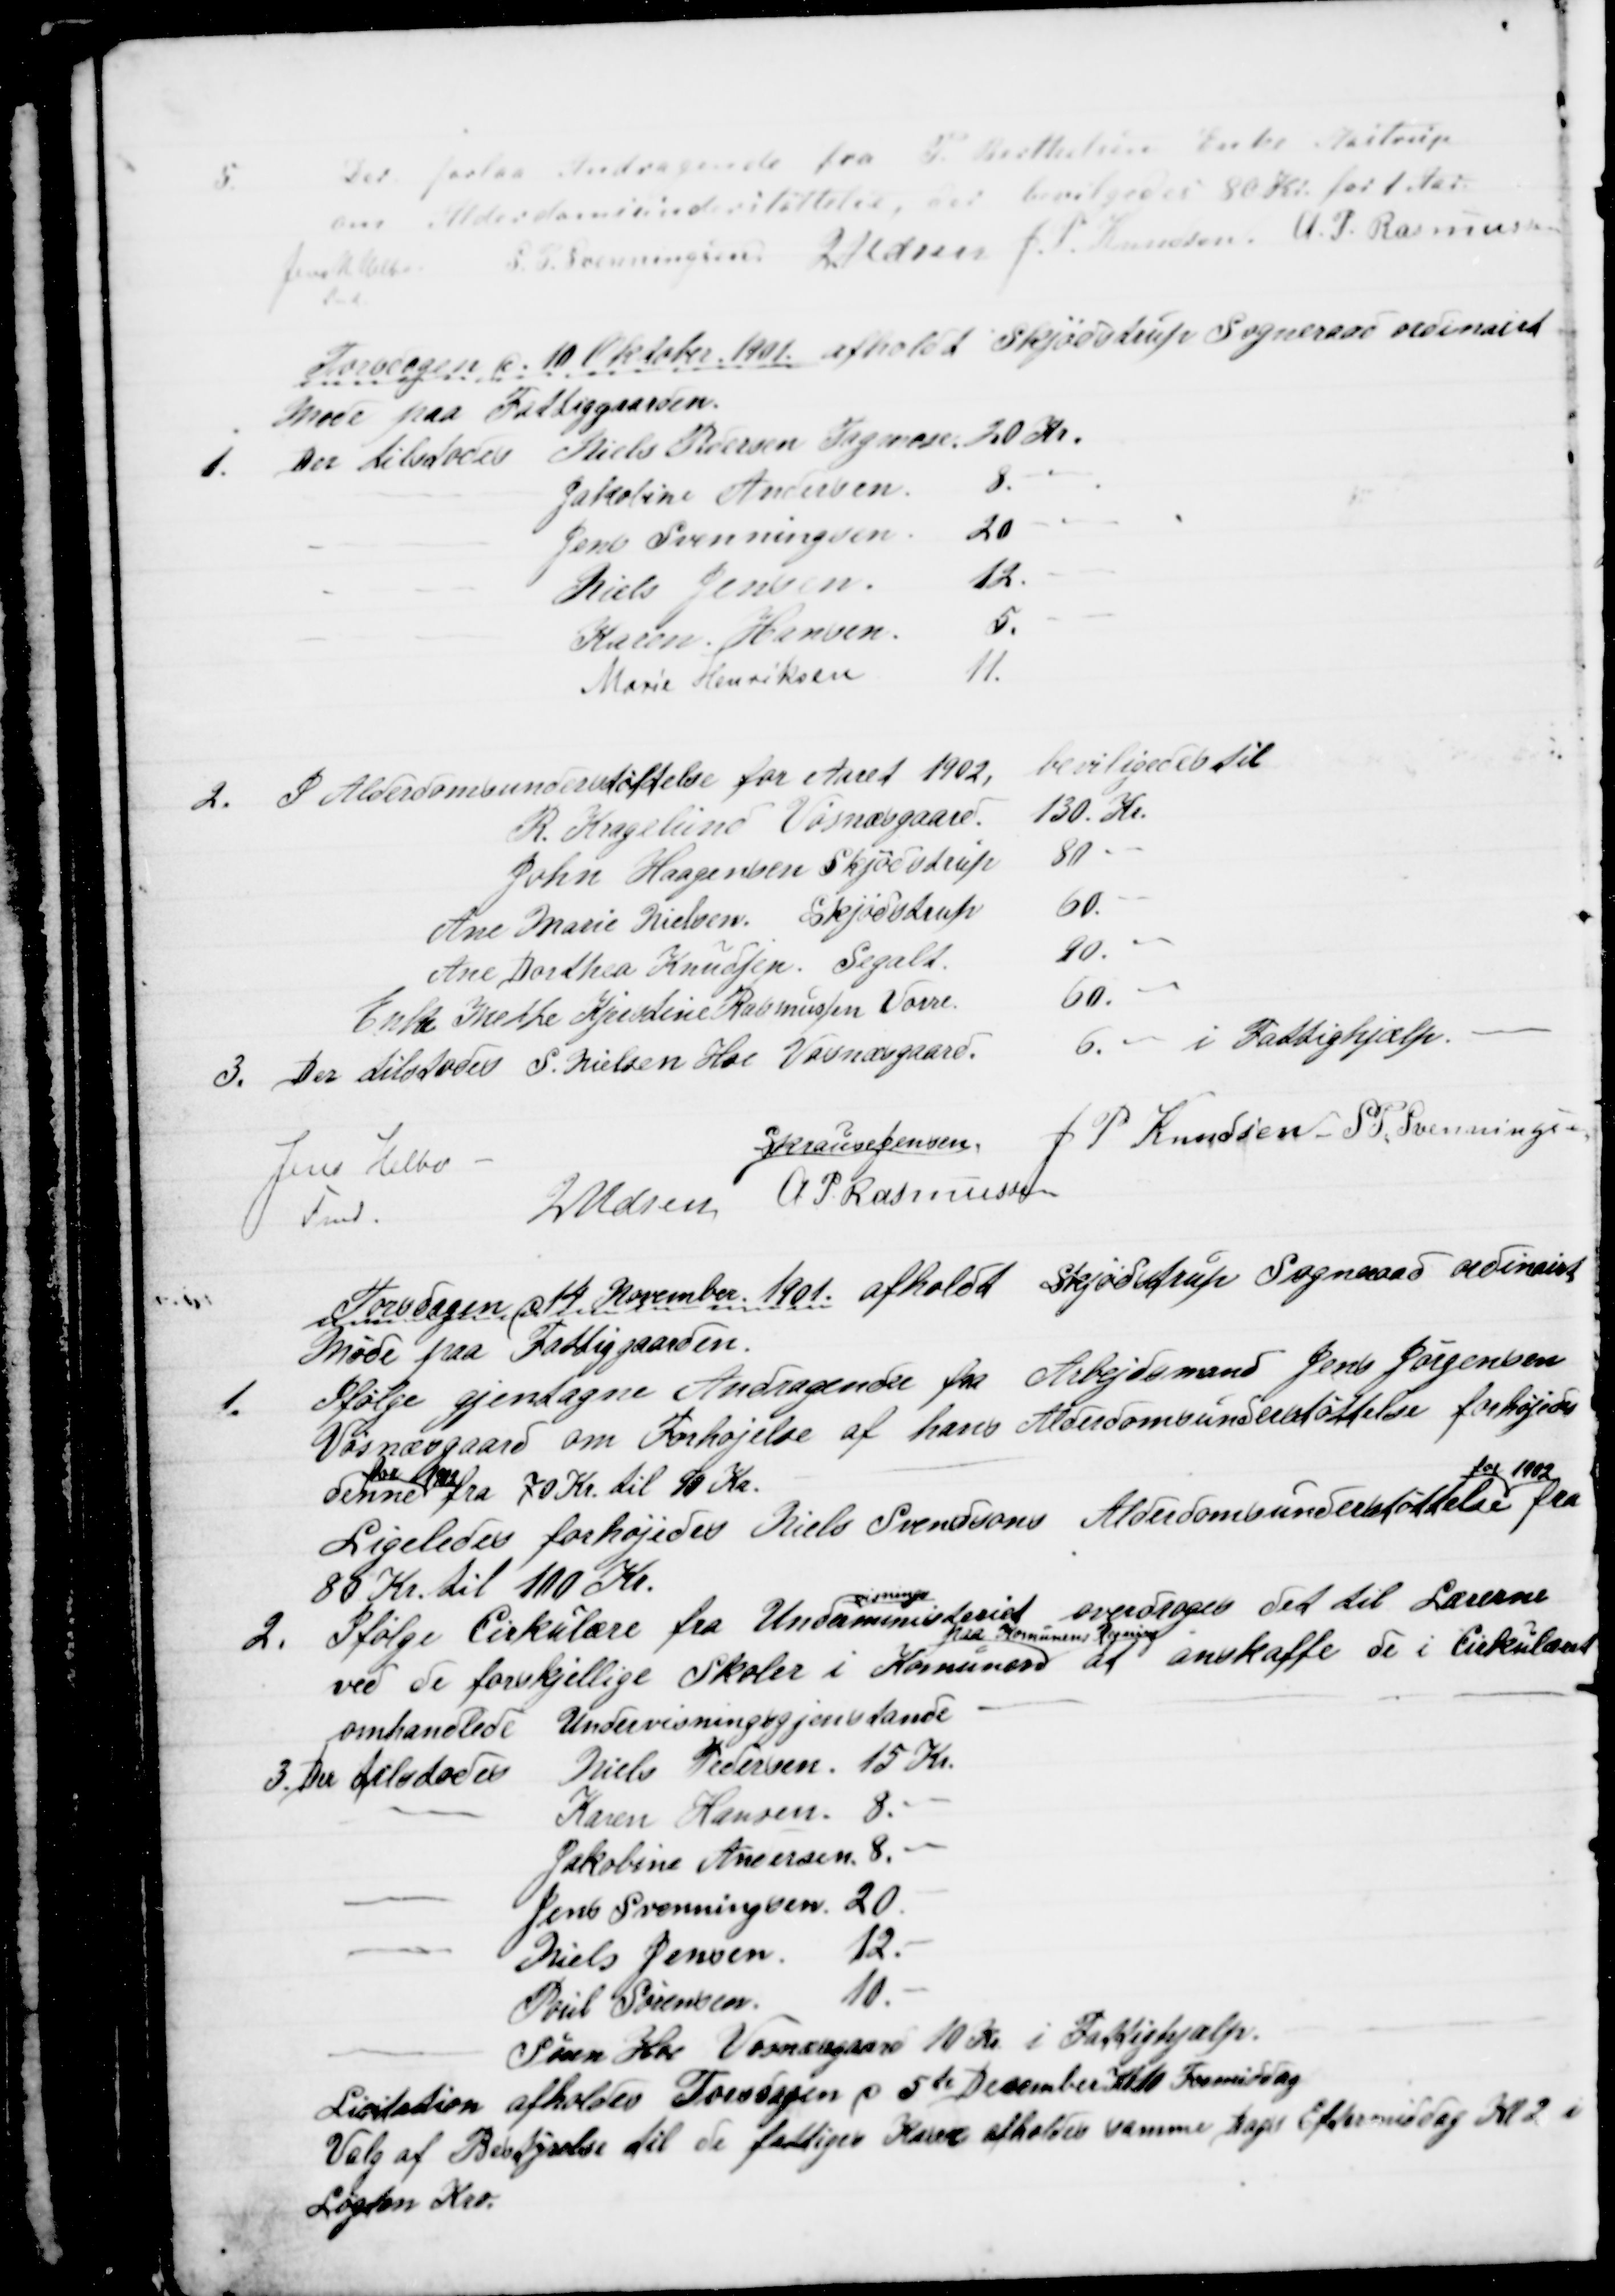
Transskription:
5.
Der forelaa Andragende fra P. Berthelsen Enke Aastrup
om Alderdomsunderstøttelse, der bevilgedes 80 Kr. for 1 Aar.
Jens N Helbo
Fmd.
S. P. Svenningsen J Udsen J. P. Knudsen  A. P. Rasmussen
Torsdagen d. 10 Oktober 1901 afholdt Skjødstrup Sogneraad ordinairt
Møde paa Fattiggaarden.
1. Der tilstodes Niels Pedersen Tagmose 20 Kr.
Jakobine Andersen.
8. "
Jens Svenningsen
20 "
Niels Jensen.
12. "
Karen Hansen.
5. "
Marie Henriksen
11. 
2. I Alderdomsunderstøttelse for Aaret 1902,
beviligedes til
R. Kragelund Vosnæsgaard.
130 Kr.
John Haagensen Skjødstrup
80."
Ane Marie Nielsen Skjødstrup
60."
Ane Dorthea Knudsen. Segalt.
90."
Enke Methe Kjerstine Rasmussen Vorre
60."
3. Der tilstodes S. Nielsen Hoe Vosnæsgaard.
6. - i Fattighjælp.
Jens Helbo
Fmd.
S Krause Jensen.
J. P. Knudsen  S P. Svenningsen
J Udsen A. P. Rasmussen
Torsdagen d 14. November 1901 afholdt Skjødstrup Sogneraad ordinairt
Møde paa Fattiggaarden.
1.
Ifølge gjentagne Andragender fra Arbejdsmand Jens Jørgensen
Vosnæsgaard om Forhøjelse af hans Alderdomsunderstøttelse forhøjedes 
denne 
for 1902
fra 70 Kr. til 90 Kr.
Ligeledes forhøjedes Niels Svendsons Alderdomsunderstøttelse 
for 1902
fra
80 Kr. til 100 Kr.
2.
Ifølge Cirkulære fra Under
visnings
ministeriet overdroges det til Lærerne
ved de forskjellige Skoler i Komunen 
paa Komunens Regning
at anskaffe de i Cirkulæret
omhandlede Undervisningsgjenstande
3. Der tilstodes
Niels Pedersen 15 Kr.
Karen Hansen 8. "
Jakobine Andersen 8. "
Jens Svenningsen 20 -
Niels Jensen 12. -
Poul Sørensen
10. -
Søren Hoe Vosnæsgaard 10 Kr i Fattighjælp.
Licitation afholdes Torsdagen d. 5te December Kl 10 Formiddag
Valg af Bestyrelse til de fattiges Kasse afholdes samme Dags Eftermiddag Kl 2 i
Løgten Kro.